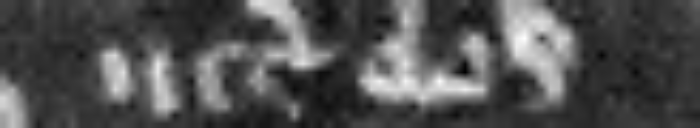
inter eos